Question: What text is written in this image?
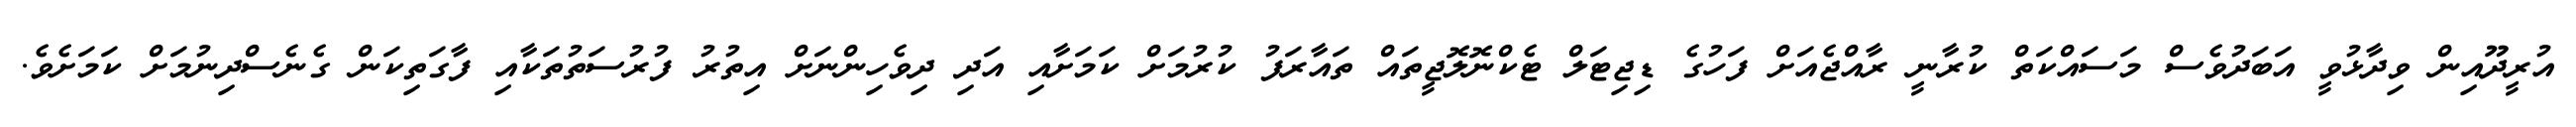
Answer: އުރީދޫއިން ވިދާޅުވީ އަބަދުވެސް މަސައްކަތް ކުރާނީ ރާއްޖެއަށް ފަހުގެ ޑިޖިޓަލް ޓެކްނޮލޮޖީތައް ތައާރަފު ކުރުމަށް ކަމަށާއި އަދި ދިވެހިންނަށް އިތުރު ފުރުސަތުތަކާއި ފާގަތިކަން ގެނެސްދިނުމަށް ކަމަށެވެ.